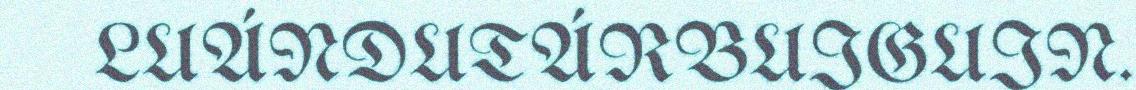
LUÁNDUTÁRBUIGUIN.